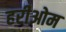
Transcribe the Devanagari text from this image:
हरीओम